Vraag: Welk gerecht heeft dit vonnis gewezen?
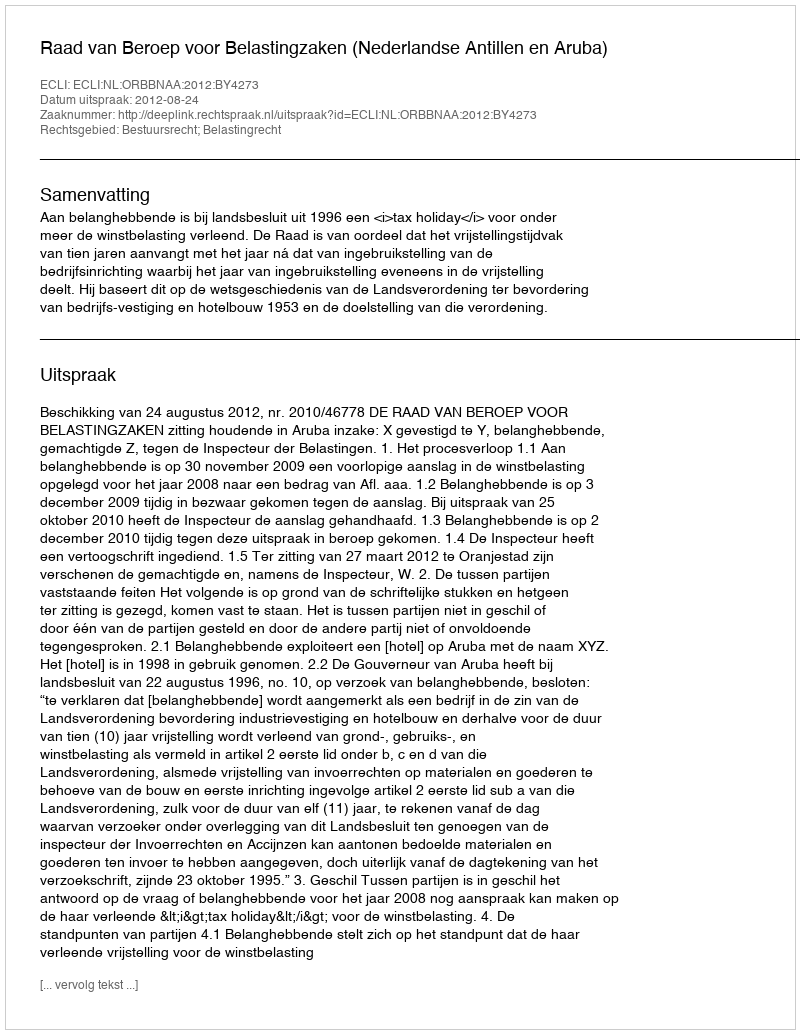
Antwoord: Raad van Beroep voor Belastingzaken (Nederlandse Antillen en Aruba)